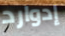
إدوارد